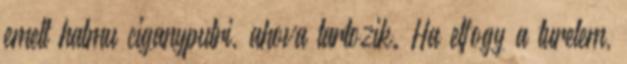
emelt halmu ciganyputri, ahova tartozik. Ha elfogy a turelem,